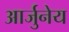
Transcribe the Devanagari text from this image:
आर्जुनेय